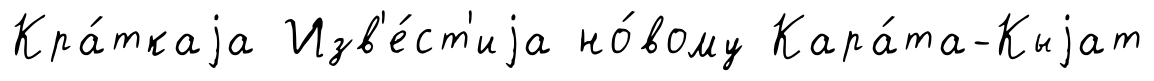
Кра́ткаjа Изв'е́ст'иjа но́вому Кара́та-Кыjат